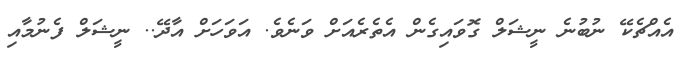
އެއްޗެކޭ ނުބުނެ ނީޝަލް ގޮވައިގެން އެތެރެއަށް ވަނެވެ. އަވަހަށް އާދޭ.. ނީޝަލް ފެނުމާއި